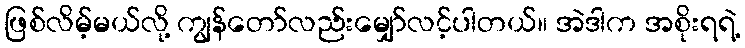
ဖြစ်လိမ့်မယ်လို့ ကျွန်တော်လည်းမျှော်လင့်ပါတယ်။ အဲဒါက အစိုးရရဲ့